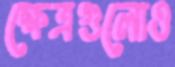
ক্ষেত্রগুলোও